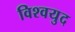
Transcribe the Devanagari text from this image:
विश्‍वयुद